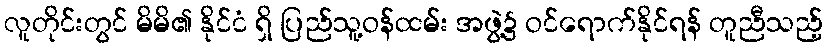
လူတိုင်းတွင် မိမိ၏ နိုင်ငံ ရှိ ပြည်သူ့ဝန်ထမ်း အဖွဲ့၌ ဝင်ရောက်နိုင်ရန် တူညီသည့်